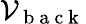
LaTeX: \mathcal{V}_{\mathrm{{~b~a~c~k~}}}